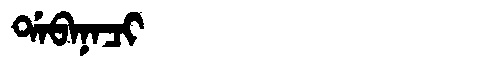
Manchu: ᡩᠠᠪᠠᠨᠠᠴᡳ
Romanization: DABANACI